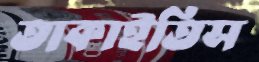
তাকাইতিস